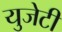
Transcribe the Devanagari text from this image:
युजेटी